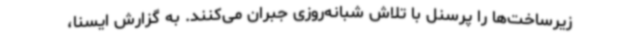
زیرساخت‌ها را پرسنل با تلاش شبانه‌روزی جبران می‌کنند. به گزارش ایسنا،